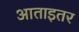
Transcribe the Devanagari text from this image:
आताइतर